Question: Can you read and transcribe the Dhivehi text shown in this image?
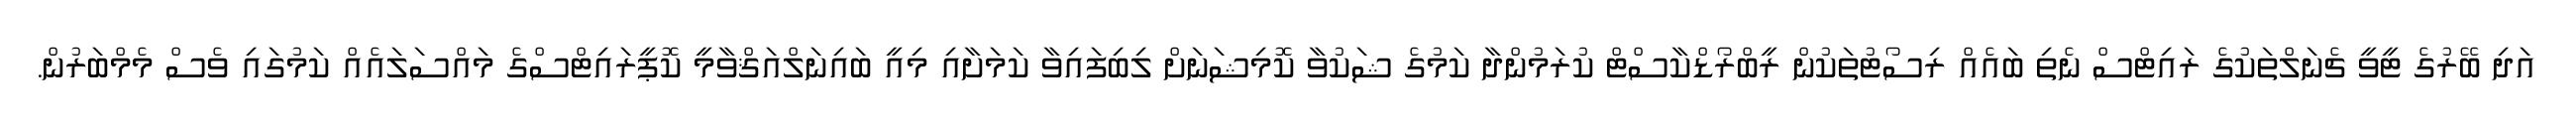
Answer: އަދި ބޭރުގެ ޓީވީ ޗެނަލްތަކުގެ ރައިޓްސް ނެތި ބައެއް ރިސޯޓުތަކުން ރީބްރޯޑްކާސްޓް ކުރަމުންދާ ކަމުގެ ޝަކުވާ ކޮމިޝަނަށް ލިބިފައިވާ ކަމަށާއި މިއީ ބައިނަލްއަޤްވާމީ ކޮޕީރައިޓްސްގެ މައްސަލައެއް ކަމުގައި ވެސް މެމްބަރުން.